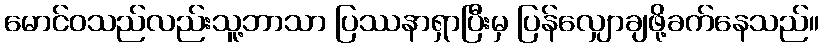
မောင်ဝသည်လည်းသူ့ဘာသာ ပြဿနာရှာပြီးမှ ပြန်လျှောချဖို့ခက်နေသည်။